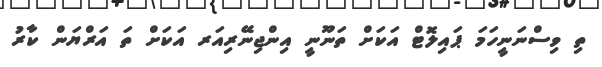
ތި ވިސްނަނީހަމަ ޕައިލޮޓް އަކަށް ތަނޫނީ އިންޖިނޭރިއަރ އަކަށް ތަ އަރްޔަން ކާރު